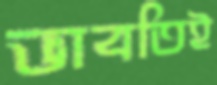
ভাবতিই